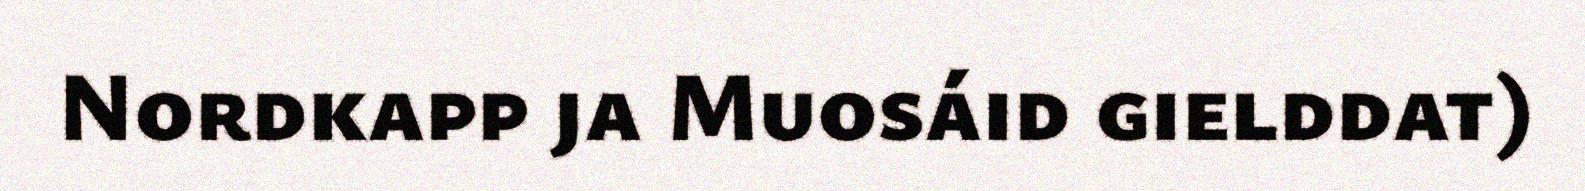
Nordkapp ja Muosáid gielddat)